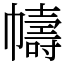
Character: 幬